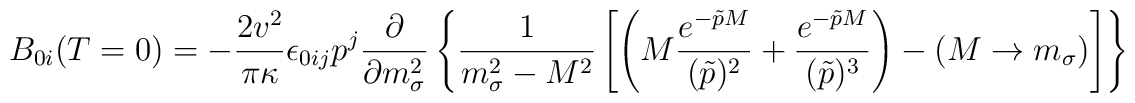
B_{0i}(T=0)= - \frac{2 v^2}{ \pi \kappa} \epsilon_{0ij} p^j\frac{\partial}{\partial m_{\sigma}^2} \left\{ \frac{1}{m_{\sigma}^2 -M^2} \left[\left(M \frac{e^{- \tilde p M}}{(\tilde p )^2} + \frac{e^{-\tilde p M}}{(\tilde p )^3}\right) - (M \rightarrow m_{\sigma})\right] \right\}